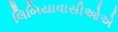
લિબિયાવાસીઓએ